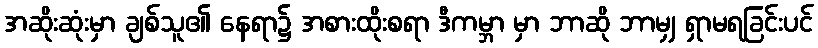
အဆိုးဆုံးမှာ ချစ်သူ၏ နေရာ၌ အစားထိုးစရာ ဒီကမ္ဘာ မှာ ဘာဆို ဘာမျှ ရှာမရခြင်းပင်